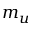
m _ { u }